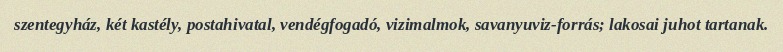
szentegyház, két kastély, postahivatal, vendégfogadó, vizimalmok, savanyuviz-forrás; lakosai juhot tartanak.